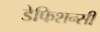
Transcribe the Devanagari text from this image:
डेफिशन्सी